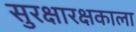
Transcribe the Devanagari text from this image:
सुरक्षारक्षकाला